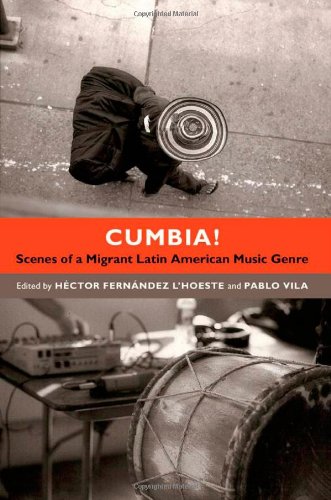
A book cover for Cumbia!: Scenes of a Migrant Latin American Music Genre; History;